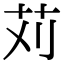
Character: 苅